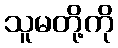
သူမတို့ကို